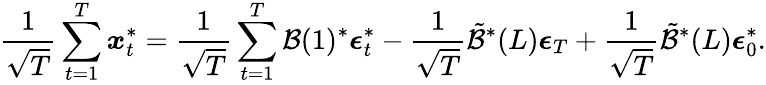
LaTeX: \frac{1}{\sqrt{T}}\sum_{t=1}^{T}\boldsymbol{x}_{t}^{*}=\frac{1}{\sqrt{T}}\sum_{t=1}^{T}\mathcal{B}(1)^{*}\boldsymbol{\epsilon}_{t}^{*}-\frac{1}{\sqrt{T}}\tilde{\mathcal{B}}^{*}(L)\boldsymbol{\epsilon}_{T}+\frac{1}{\sqrt{T}}\tilde{\mathcal{B}}^{*}(L)\boldsymbol{\epsilon}_{0}^{*}.